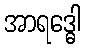
အာရဒ္ဓေါ